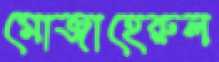
মোজাহেরুল